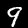
Digit: 9